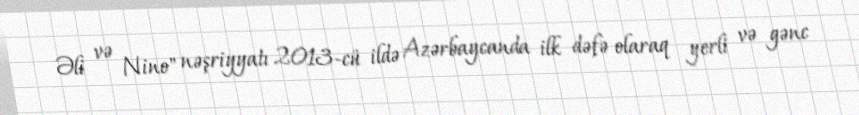
Əli və Nino" nəşriyyatı 2013-cü ildə Azərbaycanda ilk dəfə olaraq yerli və gənc